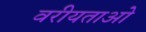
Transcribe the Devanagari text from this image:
वरीयताओ